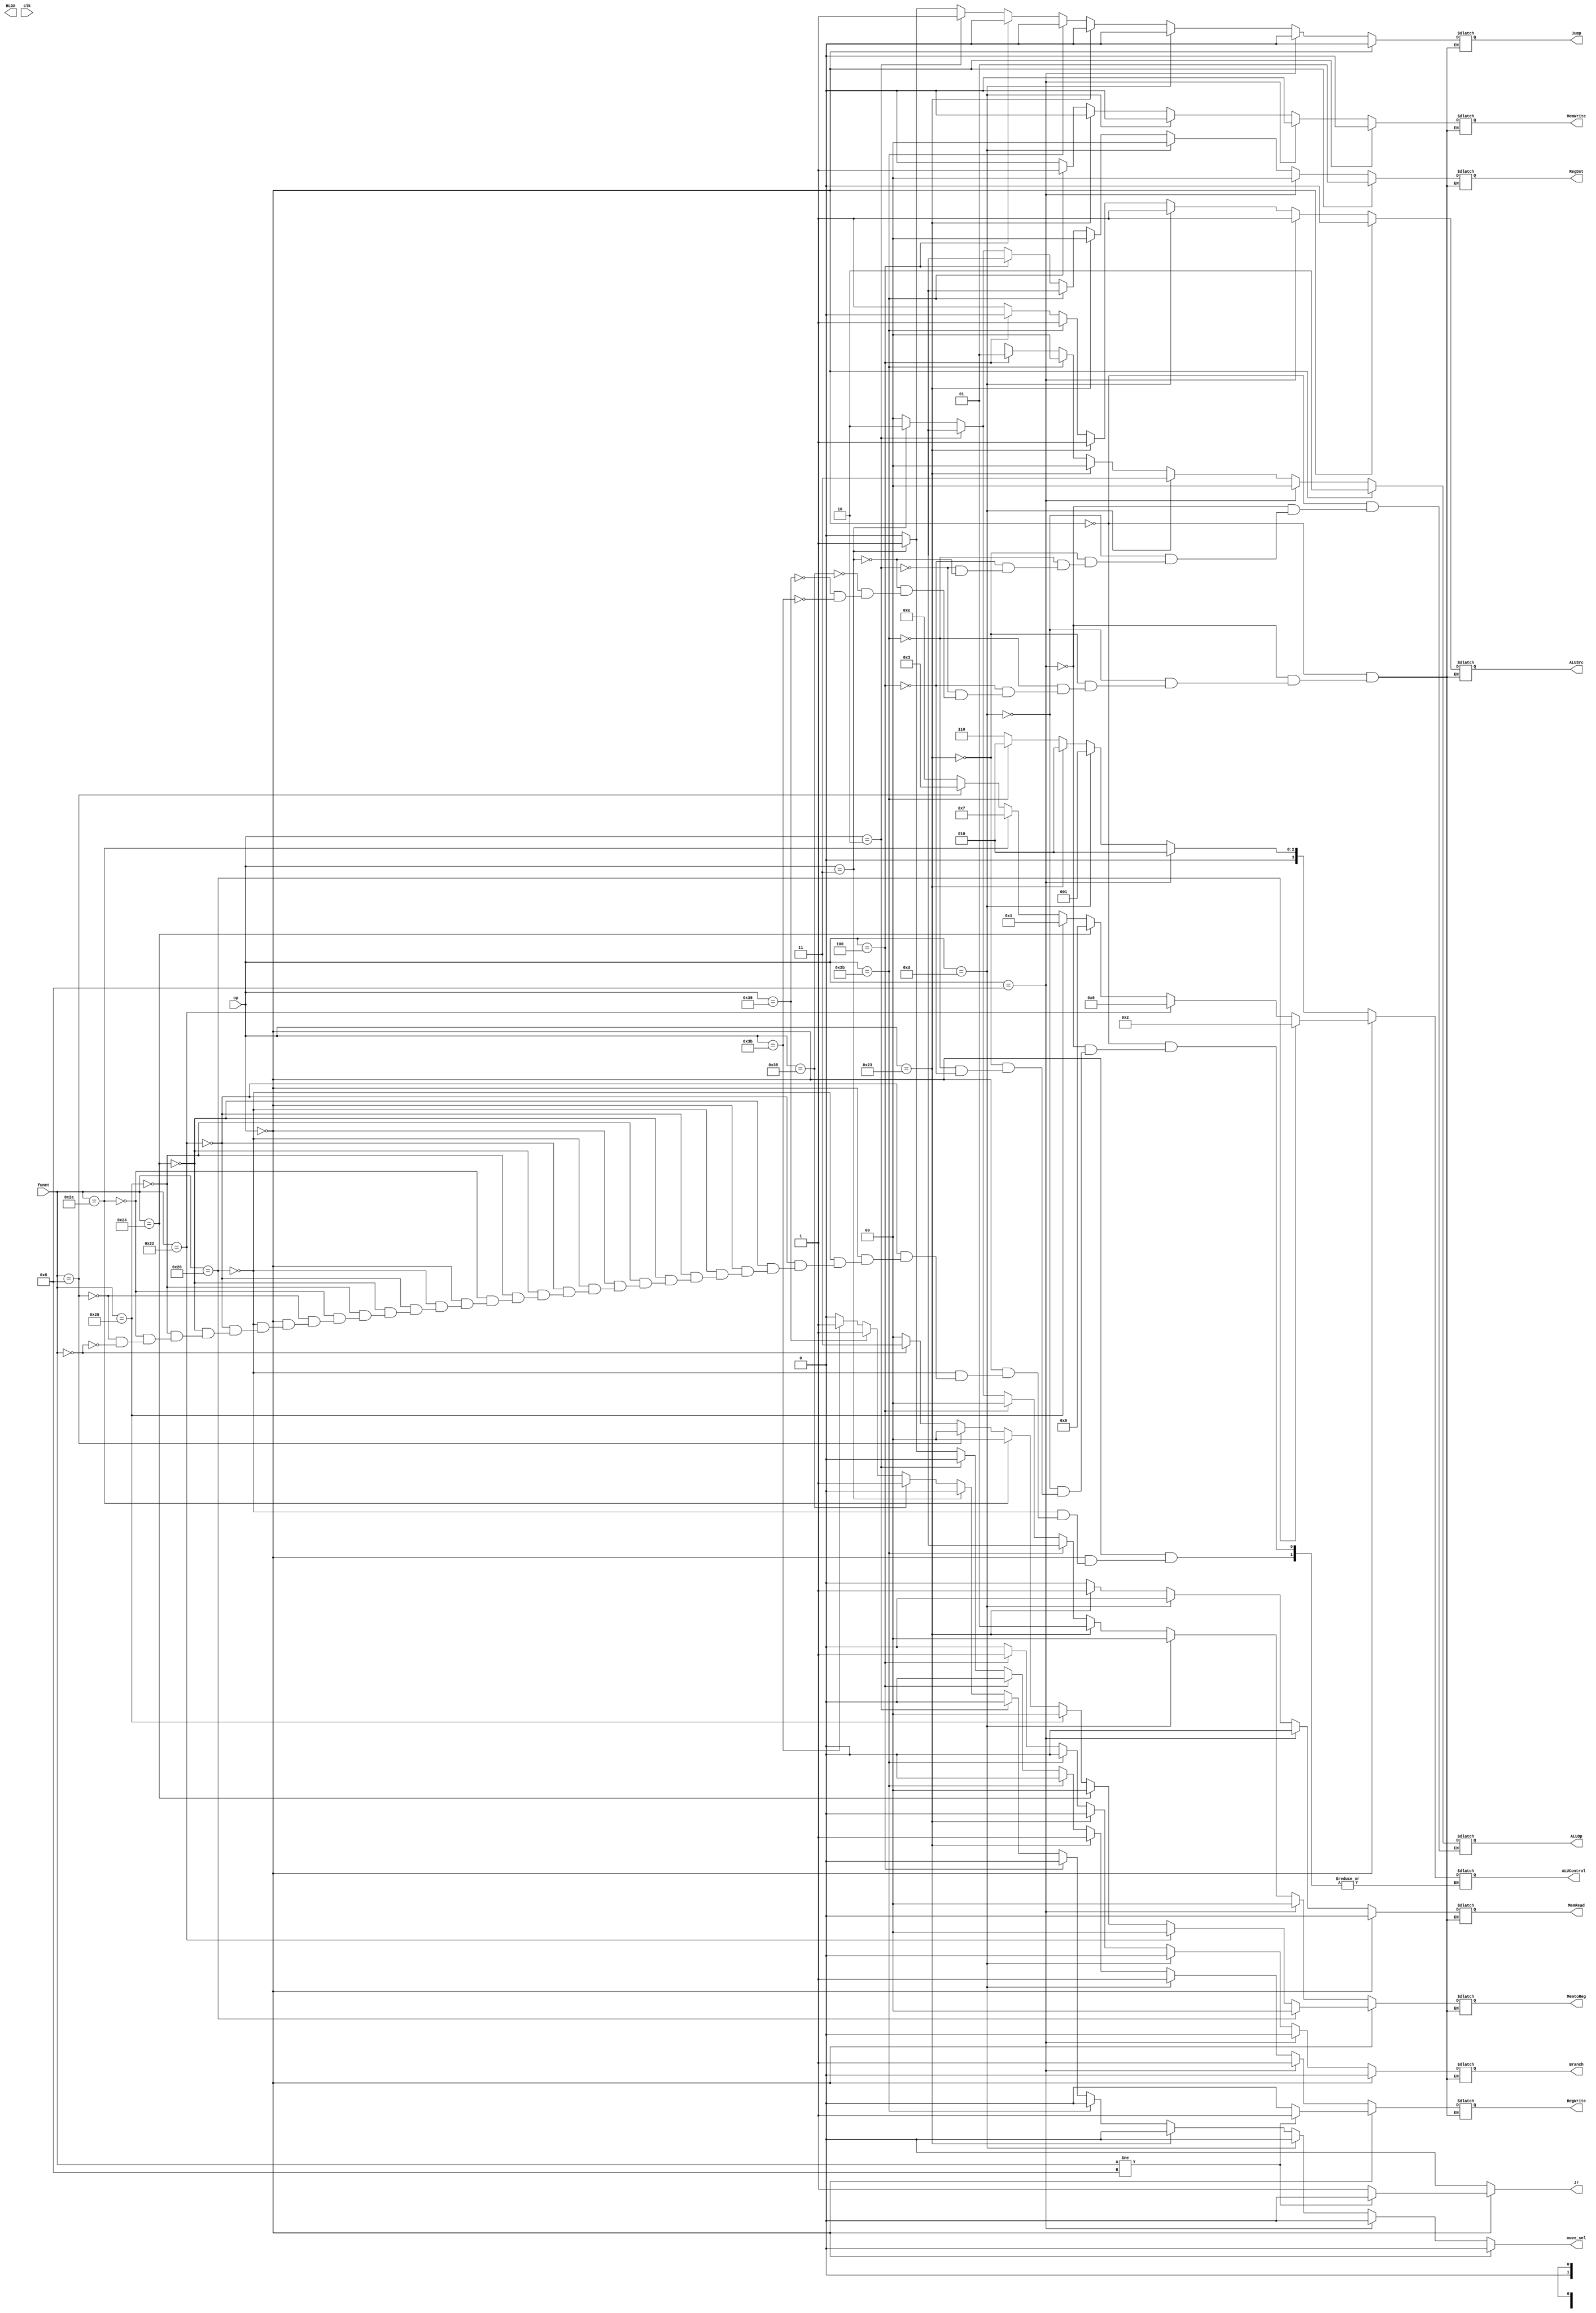
module ALU_Control (output HLDA,input clk,input [5:0] op ,funct,
                    output reg [1:0] MemtoReg, output reg Branch, MemRead,output reg [1:0] RegDst ,output reg MemWrite,  ALUSrc, RegWrite,Jump,Jr, // memtoreg kant 2 bits
                    output reg [1:0] ALUOp, output reg [3:0] ALUControl,output reg move_sel);

always @ (op,funct)
begin
Jr<=0;
move_sel=0;
if (op == 0)  // R-type
begin 
RegDst <= 1;
if (funct != 8)
begin
  RegWrite <= 1;Jr <= 0 ;
end
else
 begin
RegWrite <=0;Jr <= 1;
end

ALUSrc <= 0;
MemtoReg <= 0;
MemRead <= 0;
MemWrite <= 0;
Branch <=0;
Jump <= 0;

ALUOp <= 2'b10 ;  // R   
            if (funct == 32 )
              begin
                ALUControl = 4'b0010 ; // (+) add
               end 
            else if (funct == 34 )
              begin
                ALUControl = 4'b0110 ; // (-) sub
               end

            else if (funct == 36)
              begin
                 ALUControl = 4'b0000 ; // and
               end

            else if (funct == 37)
              begin
                ALUControl = 4'b0001 ; // or
               end

            else if (funct == 42)
              begin
                 ALUControl = 4'b0111 ; // (-) slt
               end

            else if (funct == 8)  
              begin
                 ALUControl = 4'b0011 ; // JR
                
               end

           else if (funct == 0)  
              begin
                 ALUControl = 4'b1110 ; // sll
                 MemtoReg <= 2'b11;
               end



end

else if (op == 8)  // addi
begin
RegDst <= 0;
RegWrite <= 1;
ALUSrc <= 1;
MemtoReg <= 0;
MemRead <= 0;
MemWrite <= 0;
Branch <=0;
Jump <= 0;


ALUOp <= 2'b0 ; // Addition
ALUControl <= 4'b0010 ;

end


else if (op == 13)  // ori
begin
RegDst <= 0;
RegWrite <= 1;
ALUSrc <= 1;
MemtoReg <= 0;
MemRead <= 0;
MemWrite <= 0;
Branch <=0;
Jump <= 0;

ALUOp <= 2'b11 ; 
ALUControl <= 4'b0001 ;

end

else if (op == 35)  // lw
begin
RegDst <= 0;
RegWrite <= 1;
ALUSrc <= 1;
MemtoReg <= 1;
MemRead <= 1;
MemWrite <= 0;
Branch <=0;
Jump <= 0;

ALUOp <= 2'b0  ;// Addition
ALUControl <= 4'b0010 ;
end
    

else if (op == 43)  // sw
begin
RegDst <= 1'bx;
RegWrite <= 0;
ALUSrc <= 1;
MemtoReg <= 1'bx;
MemRead <= 0;
MemWrite <= 1;
Branch <=0;
Jump <= 0;

ALUOp <= 2'b0 ; // Addition
ALUControl <= 4'b0010 ;
end


else if (op == 4)  // beq
begin
RegDst <= 1'bx;
RegWrite <= 0;
ALUSrc <= 0;
MemtoReg <= 0;
MemRead <= 0;
MemWrite <= 0;
Branch <=1;
Jump <= 0;

ALUOp <= 2'b01 ; // Subtraction
ALUControl <= 4'b0110 ;
end

else if (op == 2)  // j
begin
RegDst <= 1'bx;
RegWrite <= 0;
ALUSrc <= 1'bx;
MemtoReg <= 1'bx;
MemRead <= 0;
MemWrite <= 0;
Branch <=0;
Jump <= 1;

ALUOp <= 2'bxx ;
end



else if (op == 3)  // jal
begin
RegDst <= 2'b10;
RegWrite <= 1;
ALUSrc <= 1'bx;
MemtoReg <= 2'b10;
MemRead <= 0;
MemWrite <= 0;
Branch <=0;
Jump <= 1;

ALUOp <= 2'bxx ;
end

else if (op ==56)  // move number of elements
begin
RegDst <= 0;
RegWrite <= 0;
ALUSrc <= 1;
MemtoReg <= 0;
MemRead <= 0;
MemWrite <= 0;
Branch <=0;
Jump <= 0;
move_sel<=1;
end
else if (op ==57 )  // move from address ***
begin
RegDst <= 0;
RegWrite <= 0;
ALUSrc <= 1;
MemtoReg <= 0;
MemRead <= 0;
MemWrite <= 0;
Branch <=0;
Jump <= 0;
move_sel<=1;
end
else if (op == 59)  // move to address ***
begin
RegDst <= 0;
RegWrite <= 0;
ALUSrc <= 1;
MemtoReg <= 0;
MemRead <= 0;
MemWrite <= 0;
Branch <=0;
Jump <= 0;
move_sel<=1;
end


//$monitor ("%b %b %b %b %b %b %b %b",RegDst,RegWrite,ALUSrc,MemtoReg,MemRead,Branch,Jump, ALUOp, ALUControl);

end
endmodule